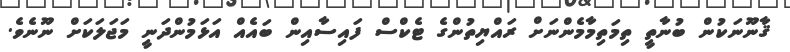
ޤާނޫނަކުން ބުނާތީ ތިމަތިމާމެންނަށް ރައްޔިތުންގެ ޓެކްސް ފައިސާއިން ބައެއް އަޅަމުންދަނީ މަޖަލަކަށް ނޫނެވެ.